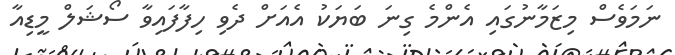
ނަމަވެސް މިޒަމާނުގައި އެންމެ ގިނަ ބަޔަކު އެއަށް ދެވި ހިފާފައިވާ ސޯޝަލް މީޑިއާ